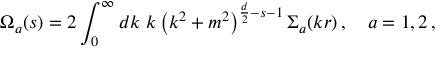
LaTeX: \Omega _ { a } ( s ) = 2 \int _ { 0 } ^ { \infty } d k \, \, k \left( k ^ { 2 } + m ^ { 2 } \right) ^ { \frac d 2 - s - 1 } { \Sigma } _ { a } ( k r ) \, , \quad a = 1 , 2 \, ,